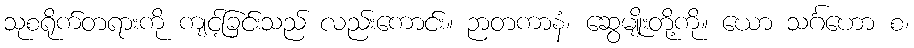
သုစရိုက်တရားကို ကျင့်ခြင်းသည် လည်းကောင်း။ ဉာတကာနံ၊ ဆွေမျိုးတို့ကို။ ယော သင်္ဂဟော စ၊